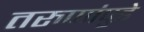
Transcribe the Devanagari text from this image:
तरुणांपुढे